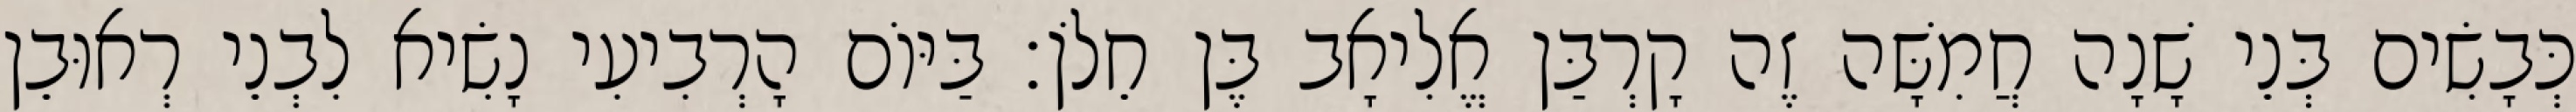
כְּבָשִׂים בְּנֵי שָׁנָה חֲמִשָּׁה זֶה קָרְבַּן אֱלִיאָב בֶּן חֵלֹן׃ בַּיּוֹם הָרְבִיעִי נָשִׂיא לִבְנֵי רְאוּבֵן